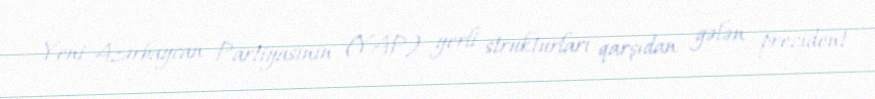
Yeni Azərbaycan Partiyasının (YAP) yerli strukturları qarşıdan gələn prezident